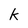
Character: k